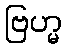
ဗြဟ္မ